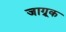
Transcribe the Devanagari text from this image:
जाग्रूक